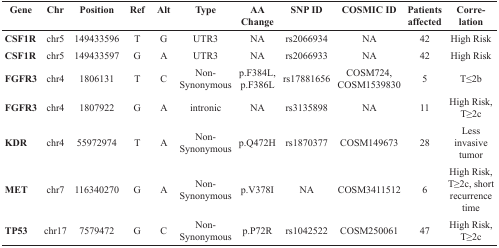
<table><thead><tr><td><b>Gene</b></td><td><b>Chr</b></td><td><b>Position</b></td><td><b>Ref</b></td><td><b>Alt</b></td><td><b>Type</b></td><td><b>AAChange</b></td><td><b>SNP ID</b></td><td><b>COSMIC ID</b></td><td><b>Patients affected</b></td><td><b>Correlation</b></td></tr></thead><tbody><tr><td><b>CSF1R</b></td><td>chr5</td><td>149433596</td><td>T</td><td>G</td><td>UTR3</td><td>NA</td><td>rs2066934</td><td>NA</td><td>42</td><td>High Risk</td></tr><tr><td><b>CSF1R</b></td><td>chr5</td><td>149433597</td><td>G</td><td>A</td><td>UTR3</td><td>NA</td><td>rs2066933</td><td>NA</td><td>42</td><td>High Risk</td></tr><tr><td><b>FGFR3</b></td><td>chr4</td><td>1806131</td><td>T</td><td>C</td><td>Non-Synonymous</td><td>p.F384L, p.F386L</td><td>rs17881656</td><td>COSM724, COSM1539830</td><td>5</td><td>T≤2b</td></tr><tr><td><b>FGFR3</b></td><td>chr4</td><td>1807922</td><td>G</td><td>A</td><td>intronic</td><td>NA</td><td>rs3135898</td><td>NA</td><td>11</td><td>High Risk, T≥2c</td></tr><tr><td><b>KDR</b></td><td>chr4</td><td>55972974</td><td>T</td><td>A</td><td>Non-Synonymous</td><td>p.Q472H</td><td>rs1870377</td><td>COSM149673</td><td>28</td><td>Less invasive tumor</td></tr><tr><td><b>MET</b></td><td>chr7</td><td>116340270</td><td>G</td><td>A</td><td>Non-Synonymous</td><td>p.V378I</td><td>NA</td><td>COSM3411512</td><td>6</td><td>High Risk, T≥2c, short recurrence time</td></tr><tr><td><b>TP53</b></td><td>chr17</td><td>7579472</td><td>G</td><td>C</td><td>Non-Synonymous</td><td>p.P72R</td><td>rs1042522</td><td>COSM250061</td><td>47</td><td>High Risk, T≥2c</td></tr></tbody></table>